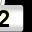
Digit: 2